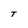
Character: T